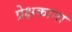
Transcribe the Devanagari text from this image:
प्रेक्षकाना